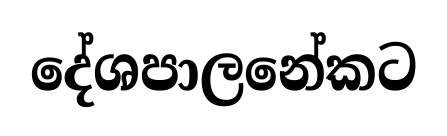
දේශපාලනේකට